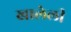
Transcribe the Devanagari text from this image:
खालेली